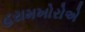
હરામખોરોએ